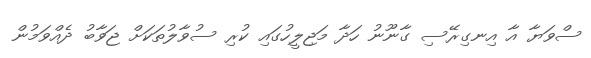
ސްވަޔާ އާ އިނގިރޭސި ގާނޫނު ހަދާ މަޖިލީހުގައި ކުރި ސުވާލުތަކަށް ޖަވާބު ދެއްވަމުން